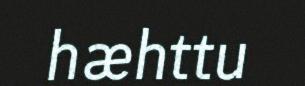
hæhttu